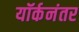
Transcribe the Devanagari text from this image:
यॉर्कनंतर